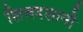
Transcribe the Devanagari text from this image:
शिवदसानी